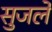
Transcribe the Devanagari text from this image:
सुजले